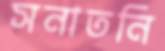
সনাতনি